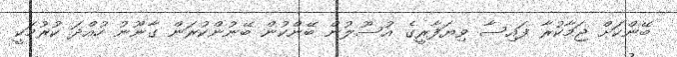
ބޭންކަށް ޖަމާކުރާ ފައިސާ ވިޔަފާރީގެ އުސޫލުން ބޭންކުން ބޭނުންކުރަން ގާނޫނު ހުއްދަ ކުރުމަކީ